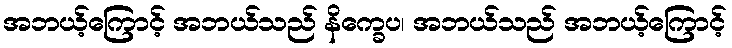
အဘယ့်ကြောင့် အဘယ်သည် နိက္ခေပ၊ အဘယ်သည် အဘယ့်ကြောင့်